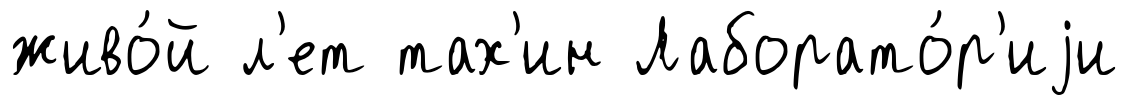
живо́й л'ет тах'ин Лаборато́р'иjи